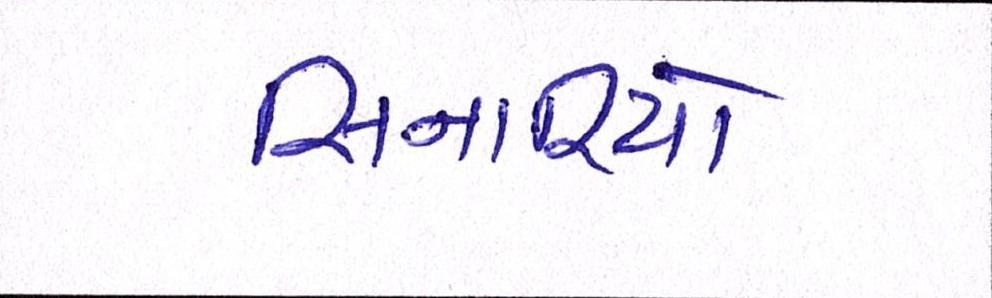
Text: સિનારિયો